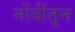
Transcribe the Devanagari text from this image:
नोंदींतून